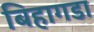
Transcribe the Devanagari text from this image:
बिहागडा